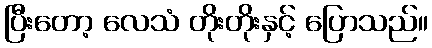
ပြီးတော့ လေသံ တိုးတိုးနှင့် ပြောသည်။